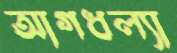
আগধল্যা